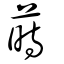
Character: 蒔